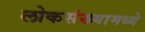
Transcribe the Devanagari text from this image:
लोकसंख्यामध्ये